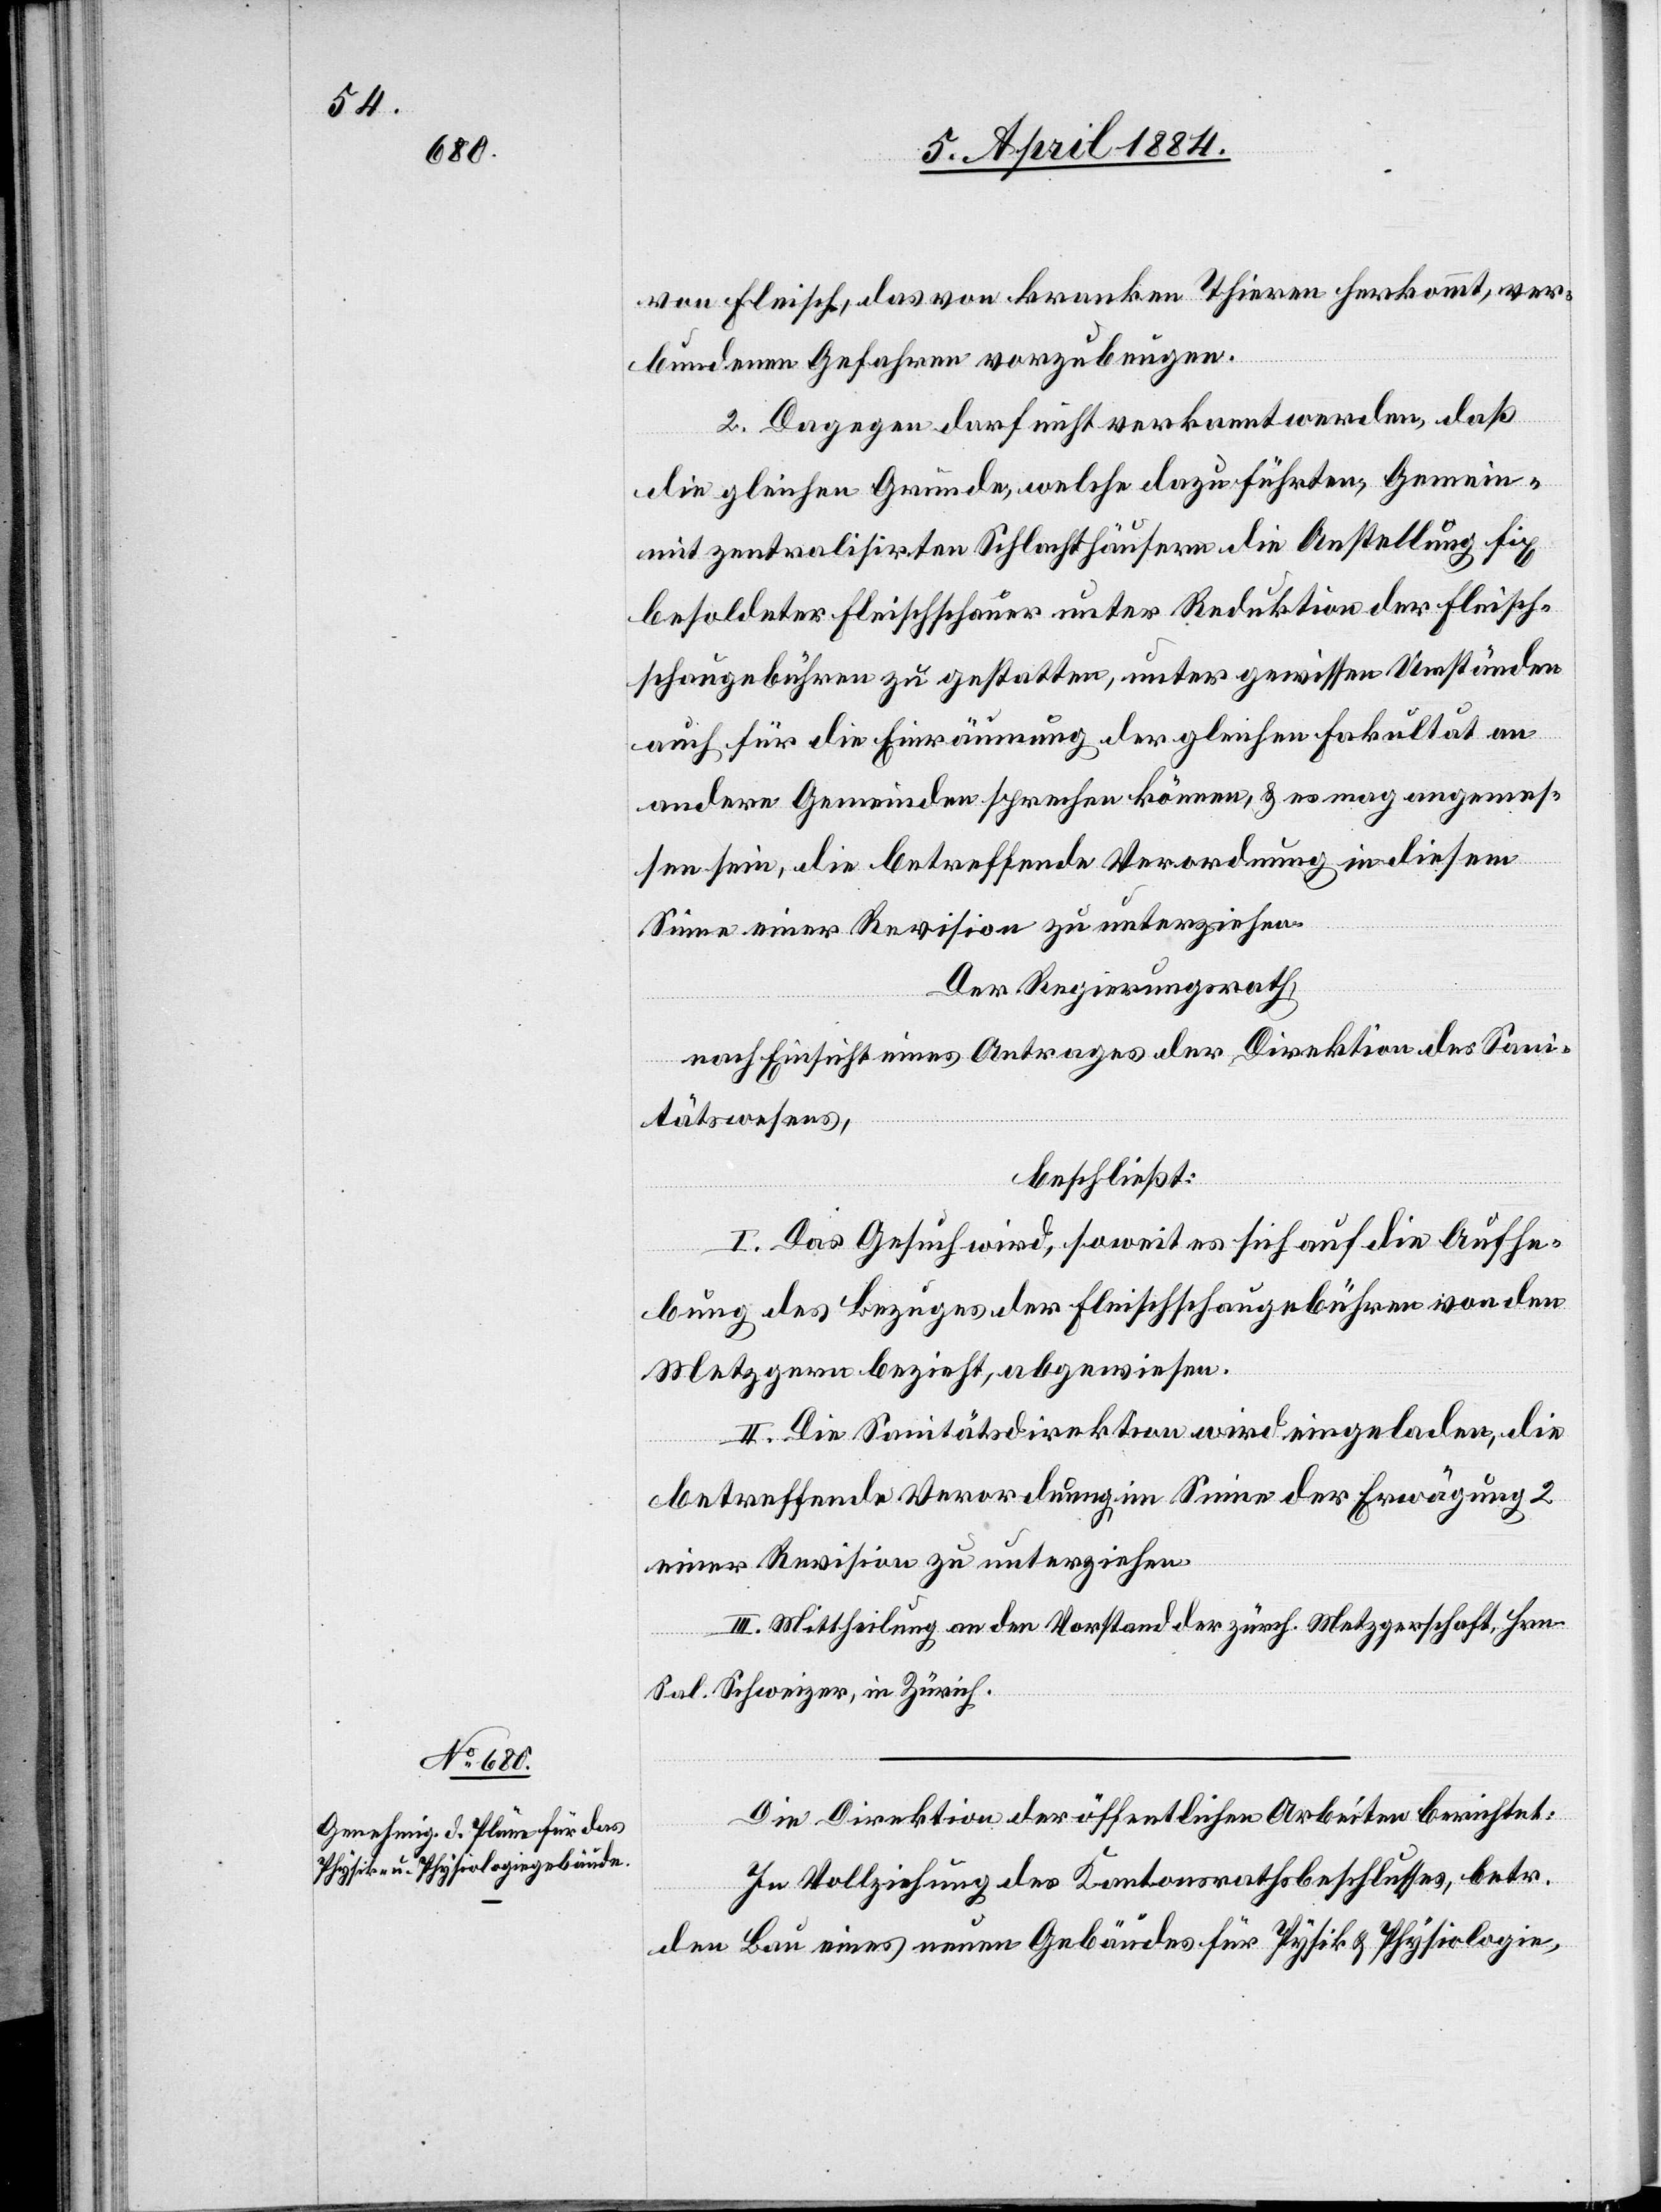
vom Fleisch, das von kranken Thieren herkommt, ver¬
bundenen Gefahren vorzubeugen.
2. Dagegen darf nicht verkannt werden, daß
die gleichen Gründe, welche dazu führten, Gemei¬
mit zentralisirten Schlachthäusern die Anstellung fix
besoldeter Fleischschauer unter Reduktion der Fleisch¬
schaugebühren zu gestatten, unter gewissen Umständen
auch für die Einräumung der gleichen Fakultät an
andere Gemeinden sprechen können, & es mag angemes¬
sen sein, die betreffende Verordnung in diesem
Sinne einer Revision zu unterziehen.
Der Regierungsrath,
nach Einsicht eines Antrages der Direktion des Sani¬
tätswesens,
beschließt:
I. Das Gesuch wird, soweit es sich auf die Aufhe¬
bung des Bezuges der Fleischschaugebühren von den
Metzgern bezieht, abgewiesen.
II. Die Sanitätsdirektion wird eingeladen, die
betreffende Verordnung im Sinne der Erwägung 2
einer Revision zu unterziehen.
III. Mittheilung an den Vorstand der zürch. Metzgerschaft. Hrn.
Sal. Schweizer, in Zürich.
Die Direktion der öffentlichen Arbeiten berichtet:
In Vollziehung des Kantonsrathsbeschlusses, betr.
n[?den]
den Bau eines neuen Gebäudes für Physik & Physiologie,